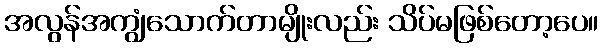
အလွန်အကျွံသောက်တာမျိုးလည်း သိပ်မဖြစ်တော့ပေ။